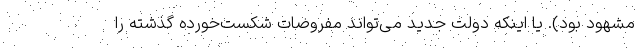
مشهود بود). یا اینکه دولت جدید می‌تواند مفروضات شکست‌خورده گذشته را